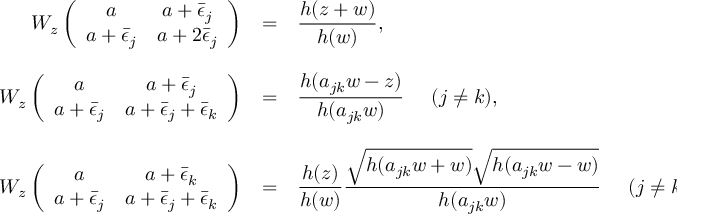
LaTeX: \begin{array} { r c l } { { W _ { z } \left( \begin{array} { c c } { { a } } & { { a + \bar { \epsilon } _ { j } } } \\ { { a + \bar { \epsilon } _ { j } } } & { { a + 2 \bar { \epsilon } _ { j } } } \end{array} \right) } } & { { = } } & { { \displaystyle \frac { h ( z + w ) } { h ( w ) } , } } \\ { { { } ~ } } & { { ~ } } & { { ~ } } \\ { { W _ { z } \left( \begin{array} { c c } { { a } } & { { a + \bar { \epsilon } _ { j } } } \\ { { a + \bar { \epsilon } _ { j } } } & { { a + \bar { \epsilon } _ { j } + \bar { \epsilon } _ { k } } } \end{array} \right) } } & { { = } } & { { \displaystyle \frac { h ( a _ { j k } w - z ) } { h ( a _ { j k } w ) } ~ ~ ~ ~ ( j \neq k ) , } } \\ { { { } ~ } } & { { ~ } } & { { ~ } } \\ { { W _ { z } \left( \begin{array} { c c } { { a } } & { { a + \bar { \epsilon } _ { k } } } \\ { { a + \bar { \epsilon } _ { j } } } & { { a + \bar { \epsilon } _ { j } + \bar { \epsilon } _ { k } } } \end{array} \right) } } & { { = } } & { { \displaystyle \frac { h ( z ) } { h ( w ) } \frac { \sqrt { h ( a _ { j k } w + w ) } \sqrt { h ( a _ { j k } w - w ) } } { h ( a _ { j k } w ) } ~ ~ ~ ~ ( j \neq k ) . } } \end{array}